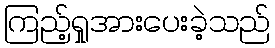
ကြည့်ရှုအားပေးခဲ့သည်